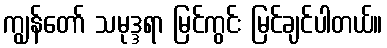
ကျွန်တော် သမုဒ္ဒရာ မြင်ကွင်း မြင်ချင်ပါတယ်။